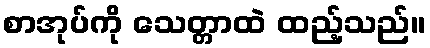
စာအုပ်ကို သေတ္တာထဲ ထည့်သည်။